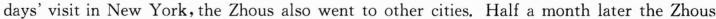
days'visit in New York, the Zhous